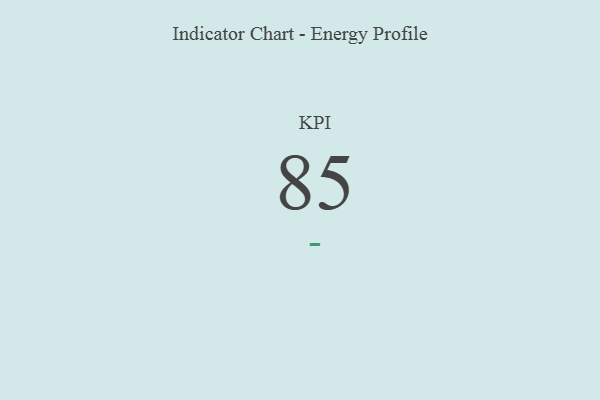
{"axis": {"x": "KPI", "y": "Value"}, "legend": [""], "data": [{"x": "KPI", "y": 85, "type": ""}]}